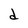
Character: d